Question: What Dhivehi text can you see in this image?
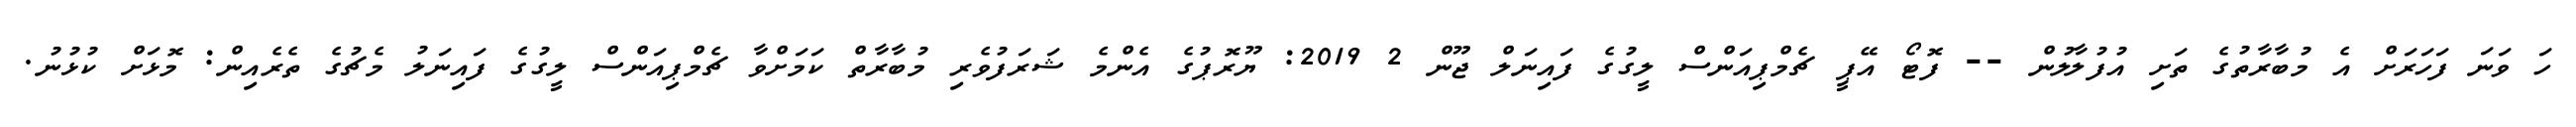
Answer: ހަ ވަނަ ފަހަރަށް އެ މުބާރާތުގެ ތަށި އުފުލާލުން -- ފޮޓޯ އޭޕީ ޗެމްޕިއަންސް ލީގުގެ ފައިނަލް ޖޫން 2 2019: ޔޫރޮޕުގެ އެންމެ ޝަރަފުވެރި މުބާރާތް ކަމަށްވާ ޗެމްޕިއަންސް ލީގުގެ ފައިނަލު މެޗުގެ ތެރެއިން: މޮޅަށް ކުޅުނު.